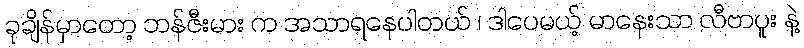
ခုချိန်မှာတော့ ဘန်ဇီးမား က အသာရနေပါတယ် ၊ ဒါပေမယ့် မာနေးသာ လီဗာပူး နဲ့